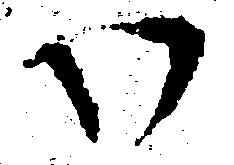
い